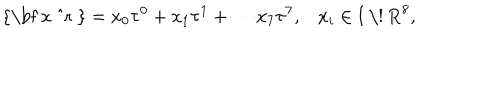
\mathrm { { \bf ~ x ~ ^ { r } ~ } } = x _ { 0 } \tau ^ { 0 } + x _ { 1 } \tau ^ { 1 } + \cdots x _ { 7 } \tau ^ { 7 } , x _ { i } \in \mathrm { I ~ \! ~ R } ^ { 8 } ,